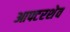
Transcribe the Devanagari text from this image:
आफ्टरशेव